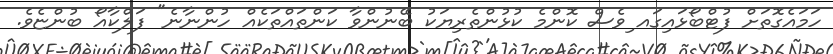
ހަމައެގޮތަށް ފުޓްބޯޅައިގައ ިވެސް ކޮންމެ ކުޅުންތެރިޔަކު ބޭނުންވާ ކަންތައްތަކެއް ހުންނާނެ" ފަލްކާއޯ ބުންޏެވެ.